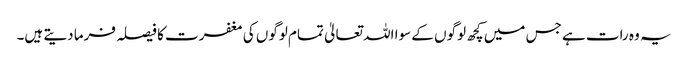
یہ وہ رات ہے جس میں کچھ لوگوں کے سوا اللہ تعالیٰ تمام لوگوں کی مغفرت کا فیصلہ فرما دیتے ہیں۔